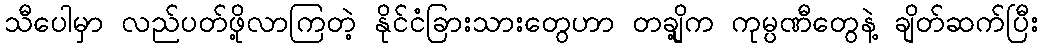
သီပေါမှာ လည်ပတ်ဖို့လာကြတဲ့ နိုင်ငံခြားသားတွေဟာ တချို့က ကုမ္ပဏီတွေနဲ့ ချိတ်ဆက်ပြီး